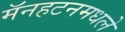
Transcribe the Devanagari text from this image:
मॅनहटनमधले